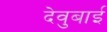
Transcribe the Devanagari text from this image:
देवुबाई